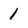
Character: 1